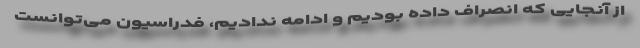
از آنجایی که انصراف داده بودیم و ادامه ندادیم، فدراسیون می‌توانست